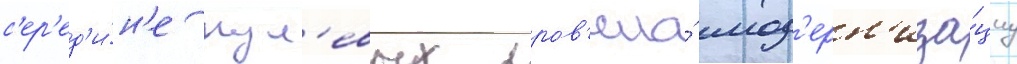
с'ер'ед'и́н'е нул'евых пров'ела́ мод'ерн'иза́циу